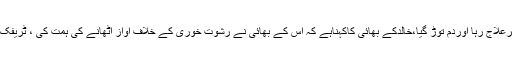
محمد خالد دوروزسول ہسپتال کے برن وارڈمیں زیرعلاج رہا اوردم توڑ گیا،خالدکے بھائی کاکہناہے کہ اس کے بھائی نے رشوت خوری کے خلاف آواز اٹھانے کی ہمت کی ، ٹریفک پولیس افسران کے خلاف کارروائی کا منتظر ہوں۔